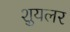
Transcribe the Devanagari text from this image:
शुयलर